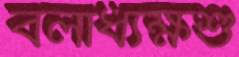
বলাধ্যক্ষশু